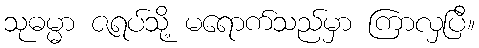
သုဓမ္မာ ဇရပ်သို့ မရောက်သည်မှာ ကြာလှပြီ။